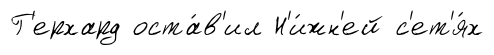
Г'ерхард оста́в'ил Н'и́жн'ей с'ет'я́х